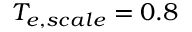
T _ { e , s c a l e } = 0 . 8